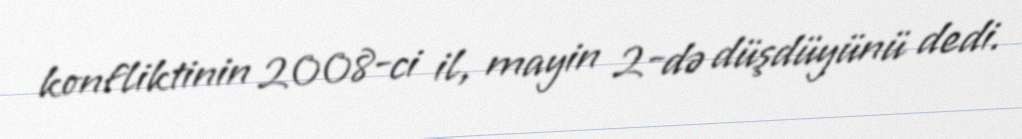
konfliktinin 2008-ci il, mayin 2-də düşdüyünü dedi.